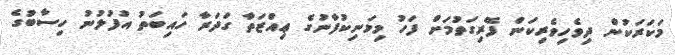
މަކަރަކުން ދިވެހިވެރިކަން ފޭރިގަތުމަށް ފަހު މިމަނިކުފާނުގެ ޢިއްޒަތާ ގަދަރާ ހައިބަތު އުފުލުނު ހިސާބުގެ